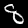
Label: 8